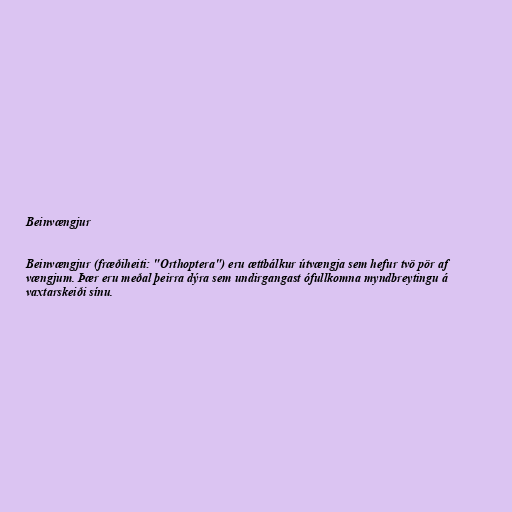
Beinvængjur

Beinvængjur (fræðiheiti: "Orthoptera") eru ættbálkur útvængja sem hefur tvö pör af
vængjum. Þær eru meðal þeirra dýra sem undirgangast ófullkomna myndbreytingu á
vaxtarskeiði sínu.